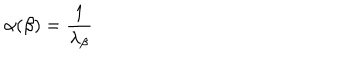
\alpha ( \beta ) = { \frac { 1 } { \lambda _ { \beta } } }